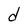
Character: d